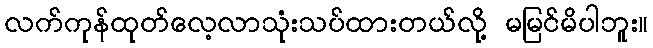
လက်ကုန်ထုတ်လေ့လာသုံးသပ်ထားတယ်လို့ မမြင်မိပါဘူး။